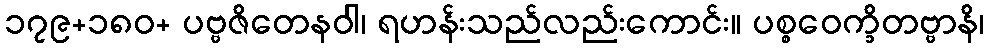
၁၇၉+၁၈၀+ ပဗ္ဗဇိတေနဝါ၊ ရဟန်းသည်လည်းကောင်း။ ပစ္စဝေက္ခိတဗ္ဗာနိ၊